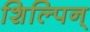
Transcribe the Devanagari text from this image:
शिल्पिन्